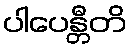
ပါပေန္တီတိ